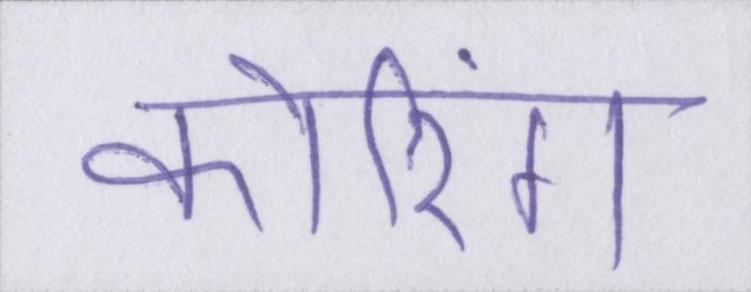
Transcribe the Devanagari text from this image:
कोरिंग